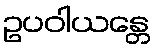
ဥပဝါယန္တေ